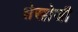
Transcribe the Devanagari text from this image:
शेखोजी